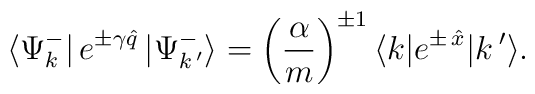
\langle \Psi_k^-|\, e^{\pm\gamma\hat q}\,|\Psi_{k\,'}^-\rangle=\left(\frac{\alpha}{m}\right)^{\pm 1}\langle k| e^{\pm\,\hat x}|k\,'\rangle.